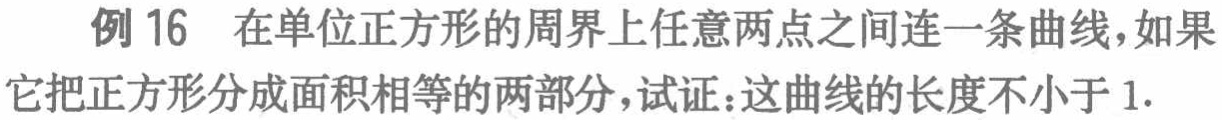
例 16 在单位正方形的周界上任意两点之间连一条曲线，如果它把正方形分成面积相等的两部分，试证：这曲线的长度不小于 1.